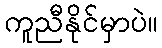
ကူညီနိုင်မှာပဲ။